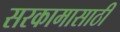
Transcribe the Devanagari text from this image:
सरकामासाठी